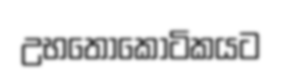
උභතෝකෝටිකයට